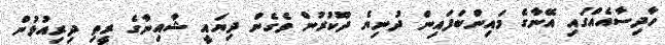
ހާދިސާއެއްގައި އޭނާގެ މައިންބަފައިން ދުނިޔެ ދޫކުރުން ވެގެން ދިޔައީ ޝާއިނާގެ ރީތި ދިރިއުޅުން